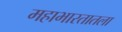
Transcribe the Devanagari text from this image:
महाभारतातला